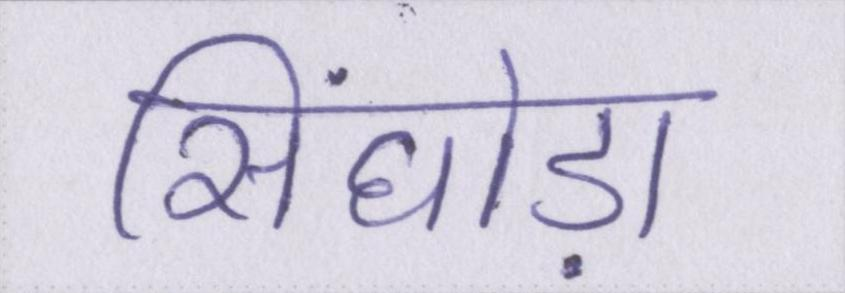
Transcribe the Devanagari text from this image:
सिंघोड़ा